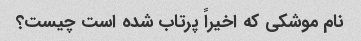
نام موشکی که اخیراً پرتاب شده است چیست؟